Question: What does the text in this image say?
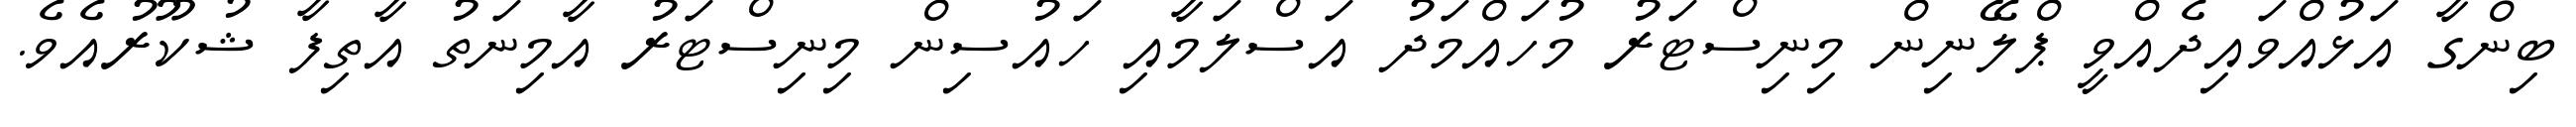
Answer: ބިންގާ އަޅުއްވައިދެއްވީ ޕްލޭނިން މިނިސްޓަރު މުހައްމަދު އަސްލަމާއި ހައުސިން މިނިސްޓަރު އާމިނަތު އާތިފާ ޝުކޫރުއެވެ.